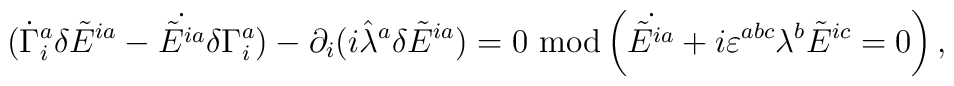
(\dot\Gamma^a_i\delta\tilde E^{ia}-\dot{\tilde E^{ia}}\delta\Gamma^a_i)-\partial_i(i\hat\lambda^a\delta\tilde E^{ia})=0\ {\rm mod}\left(\dot{\tilde E^{ia}}+i\varepsilon^{abc}\lambda^b\tilde E^{ic}=0\right),